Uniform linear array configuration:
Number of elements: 24
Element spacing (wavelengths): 0.25
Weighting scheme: kaiser
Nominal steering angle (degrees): -30
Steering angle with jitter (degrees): -30.544
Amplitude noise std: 0.05
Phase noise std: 0.05

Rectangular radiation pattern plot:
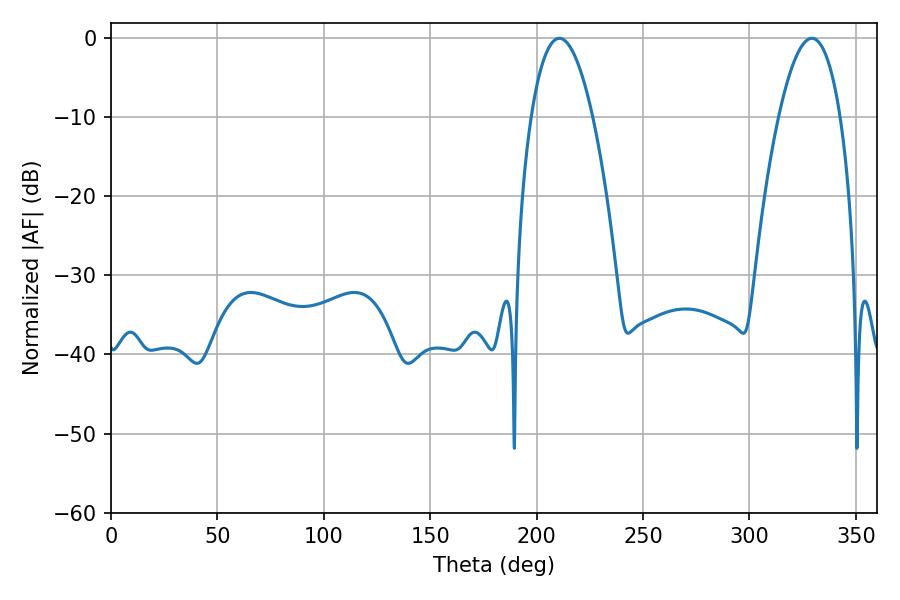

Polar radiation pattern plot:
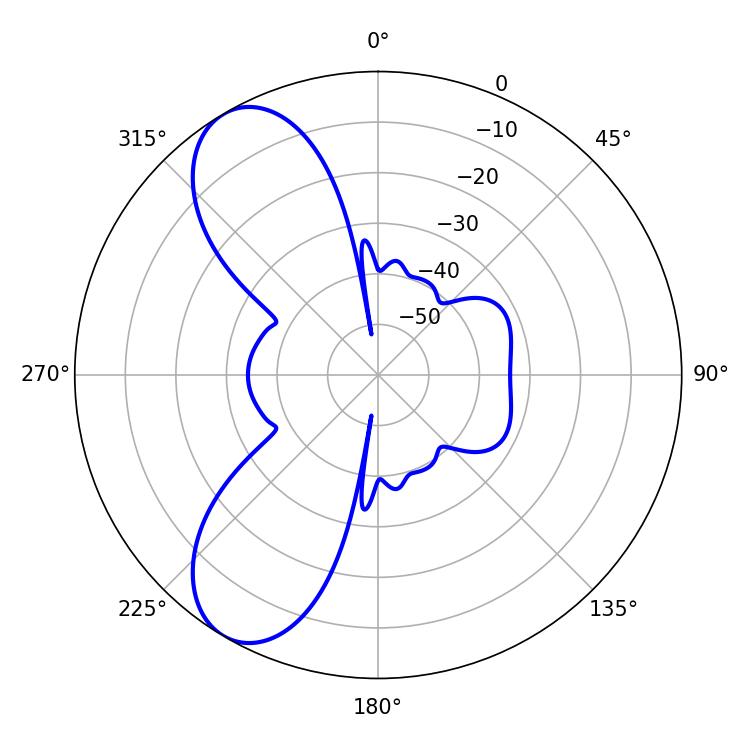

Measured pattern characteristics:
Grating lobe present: FALSE
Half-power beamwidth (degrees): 16.02
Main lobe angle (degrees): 210.6